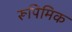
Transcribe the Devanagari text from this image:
रूपिमिक